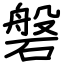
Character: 磐